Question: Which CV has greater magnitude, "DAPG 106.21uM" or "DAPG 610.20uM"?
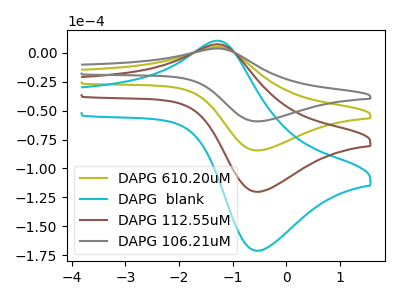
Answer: <think>The olive curve "DAPG 610.20uM" has an anodic peak at (-1.30V, 5.05uA) and a cathodic peak at (-0.50V, -84.40uA). The cyan curve "DAPG  blank" has an anodic peak at (-1.30V, 15.15uA) and a cathodic peak at (-0.50V, -253.25uA). The brown curve "DAPG 112.55uM" has an anodic peak at (-1.30V, 10.10uA) and a cathodic peak at (-0.50V, -168.85uA). The gray curve "DAPG 106.21uM" has an anodic peak at (-1.30V, 3.55uA) and a cathodic peak at (-0.50V, -59.30uA).
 All the peaks in "DAPG 106.21uM" have a peak in "DAPG 610.20uM" at the same potential. Every peak in "DAPG 106.21uM" is lower than every peak in "DAPG 610.20uM".</think>
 <answer>"DAPG 106.21uM" has less signal than "DAPG 610.20uM".</answer>
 <eval>less_signal</eval>